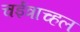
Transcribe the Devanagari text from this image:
चईत्राच्हल